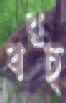
বরচ্